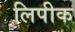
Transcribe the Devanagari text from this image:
लिपीक